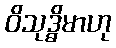
ဝိသုဒ္ဓိမာဟု